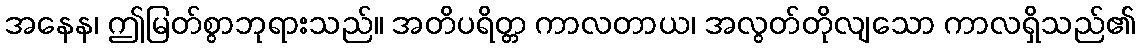
အနေန၊ ဤမြတ်စွာဘုရားသည်။ အတိပရိတ္တ ကာလတာယ၊ အလွတ်တိုလျသော ကာလရှိသည်၏